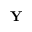
\mathbf { Y }